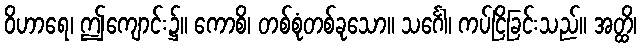
ဝိဟာရေ၊ ဤကျောင်း၌။ ကောစိ၊ တစ်စုံတစ်ခုသော။ သင်္ဂေါ၊ ကပ်ငြိခြင်းသည်။ အတ္ထိ၊